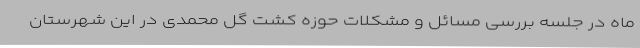
ماه در جلسه بررسی مسائل و مشکلات حوزه کشت گل محمدی در این شهرستان